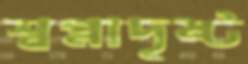
স্বপ্নাদৃষ্ট